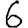
Digit: 6